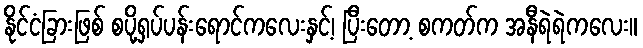
နိုင်ငံခြားဖြစ် စပို့ရှပ်ပန်းရောင်ကလေးနှင့်၊ ပြီးတော့ စကတ်က အနီရဲရဲကလေး။